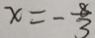
x = - \frac { 8 } { 3 }